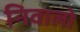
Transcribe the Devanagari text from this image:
निवालो